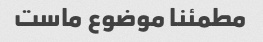
مطمئنا موضوع ماست